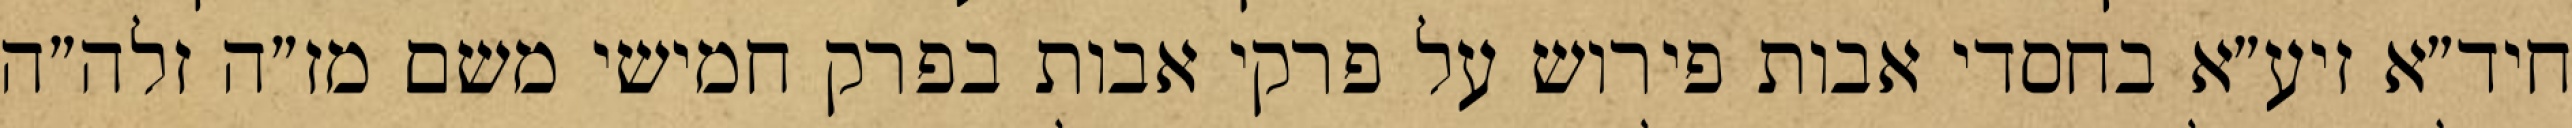
חיד״א זיע״א בחסדי אבות פירוש על פרקי אבות בפרק חמישי משם מז״ה זלה״ה